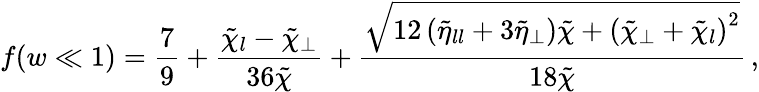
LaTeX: f(w\ll 1)=\frac{7}{9}+\frac{\tilde{\chi}_{l}-\tilde{\chi}_{\perp}}{36\tilde{\chi}}+\frac{\sqrt{12\left(\tilde{\eta}_{ll}+3\tilde{\eta}_{\perp}\right)\tilde{\chi}+\left(\tilde{\chi}_{\perp}+\tilde{\chi}_{l}\right)^{2}}}{18\tilde{\chi}}\, ,